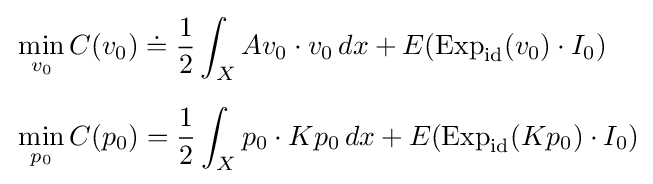
{\begin{aligned}&\min _{v_{0}}C(v_{0})\doteq {\frac {1}{2}}\int _{X}Av_{0}\cdot v_{0}\,dx+E(\mathrm {Exp} _{\mathrm {id} }(v_{0})\cdot I_{0})\\[6pt]&\min _{p_{0}}C(p_{0})={\frac {1}{2}}\int _{X}p_{0}\cdot Kp_{0}\,dx+E(\mathrm {Exp} _{\text{id}}(Kp_{0})\cdot I_{0})\end{aligned}}